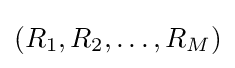
(R_{1},R_{2},\ldots ,R_{M})